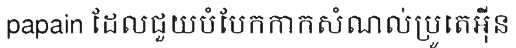
papain ដែលជួយបំបែកកាកសំណល់ប្រូតេអ៊ីន